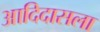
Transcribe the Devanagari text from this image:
आदिदासला